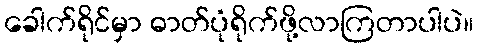
ခေါက်ရိုင်မှာ ဓာတ်ပုံရိုက်ဖို့လာကြတာပါပဲ။